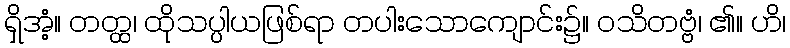
ရှိအံ့။ တတ္ထ၊ ထိုသပ္ပါယဖြစ်ရာ တပါးသောကျောင်း၌။ ဝသိတဗ္ဗံ၊ ၏။ ဟိ၊